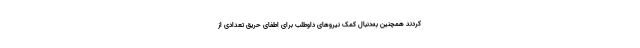
‌کردند همچنین به‌دنبال کمک نیروهای داوطلب برای اطفای حریق تعدادی از